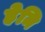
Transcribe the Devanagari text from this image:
हेमि